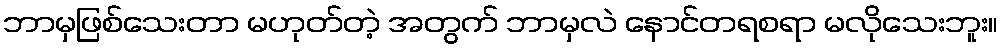
ဘာမှဖြစ်သေးတာ မဟုတ်တဲ့ အတွက် ဘာမှလဲ နောင်တရစရာ မလိုသေးဘူး။